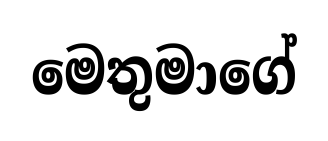
මෙතුමාගේ